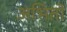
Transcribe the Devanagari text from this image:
अभितो